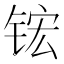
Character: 𬭎